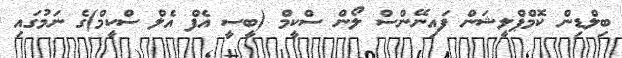
ބިލްޑިން ކޮމްޕްލީޝަން ފައިނޭންސް ލޯން ސްކީމް (ބީސީ އެފް އެލް ސްކީމް)ގެ ނަމުގައި